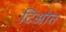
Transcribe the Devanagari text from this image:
टिओत